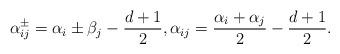
LaTeX: \begin{align*} \alpha^\pm_{ij} = \alpha_i \pm \beta_j - \frac{d+1}{2}, \alpha_{ij} = \frac{\alpha_i+\alpha_j}{2} - \frac{d+1}{2}. \end{align*}